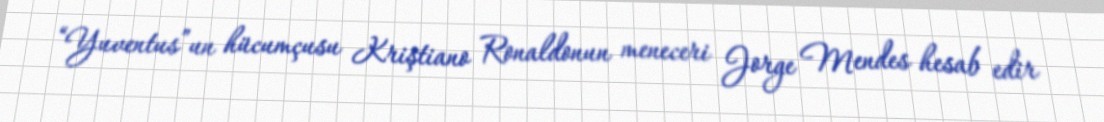
“Yuventus”un hücumçusu Kriştiano Ronaldonun meneceri Jorge Mendes hesab edir